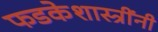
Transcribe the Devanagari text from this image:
फडकेशास्त्रींनी